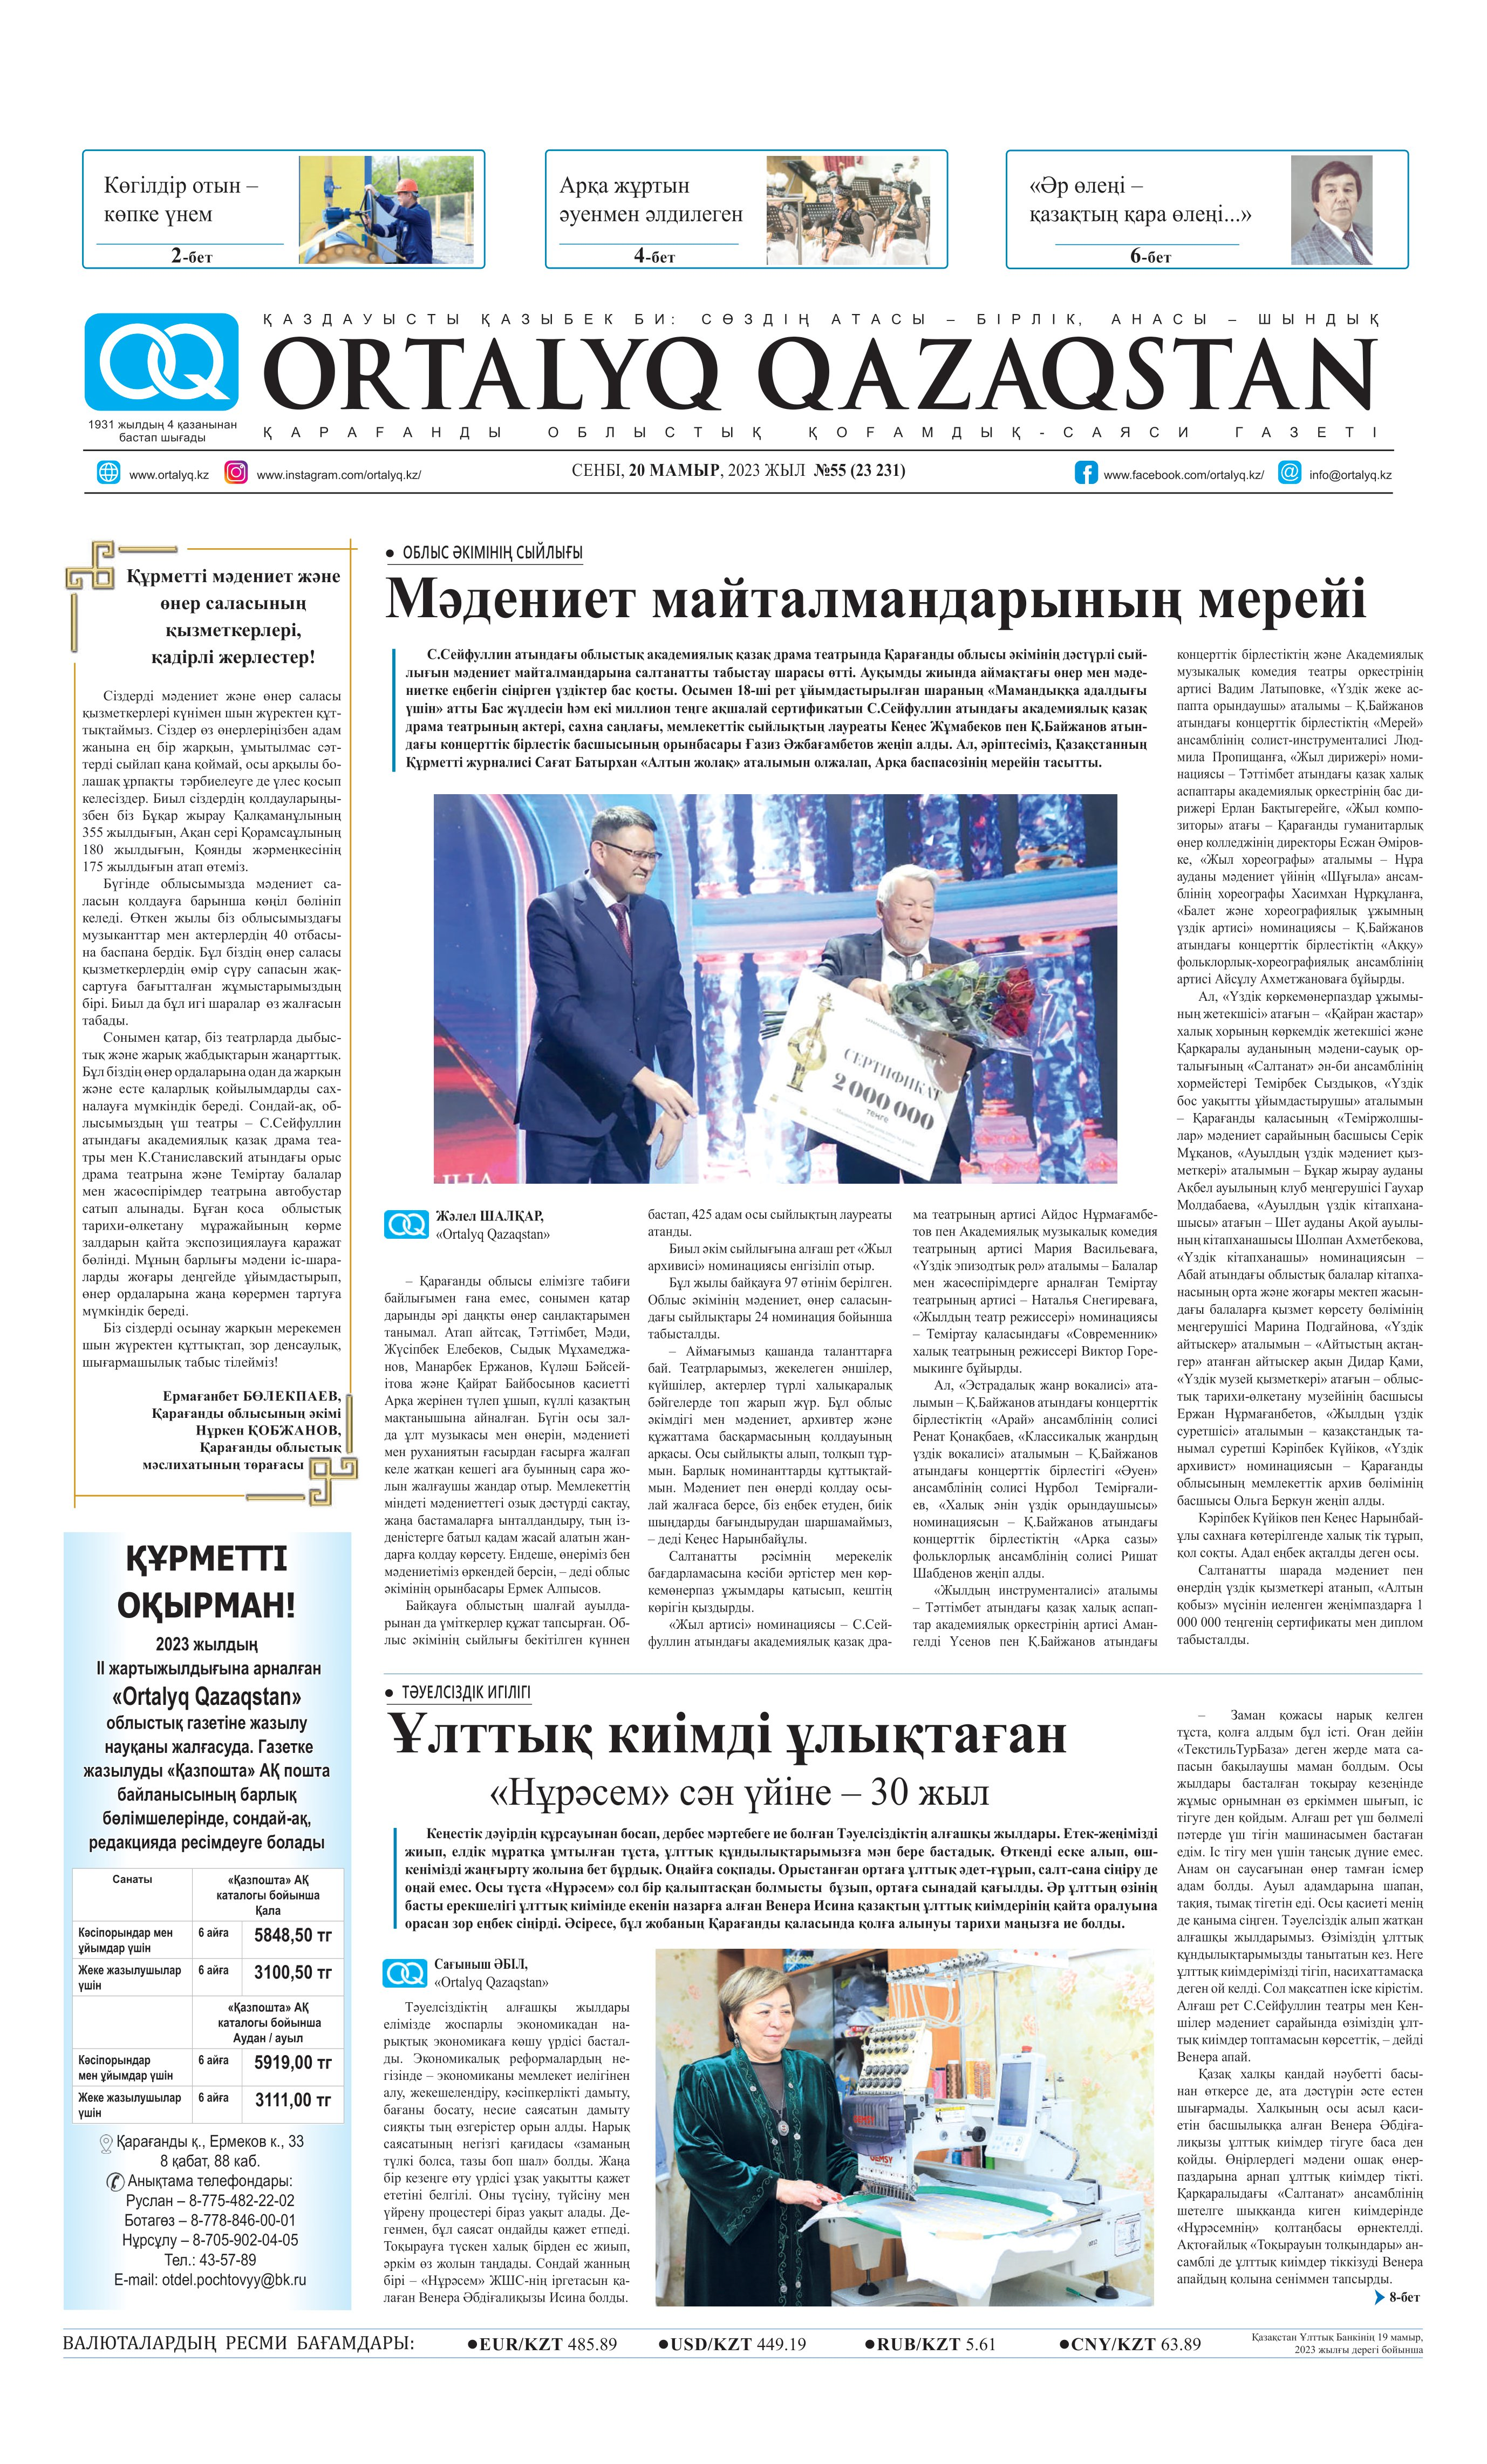
Language: kk